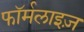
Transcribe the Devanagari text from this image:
फॉर्मलाइज़